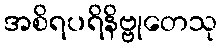
အစိရပရိနိဗ္ဗုတေသု